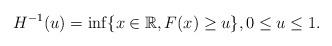
LaTeX: \begin{align*}H^{-1}(u)=\inf \{x\in \mathbb{R},F(x)\geq u\},0\leq u\leq 1.\end{align*}